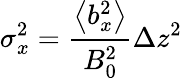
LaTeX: \sigma_{x}^{2}=\frac{\left\langle b_{x}^{2}\right\rangle}{B_{0}^{2}}\Delta z^{2}